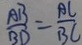
\frac { A B } { B D } = \frac { A C } { B C }